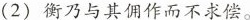
(2)衡乃与其佣作而不求偿。